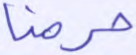
حرمنا